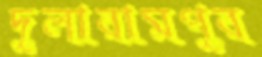
দুলারামপুর